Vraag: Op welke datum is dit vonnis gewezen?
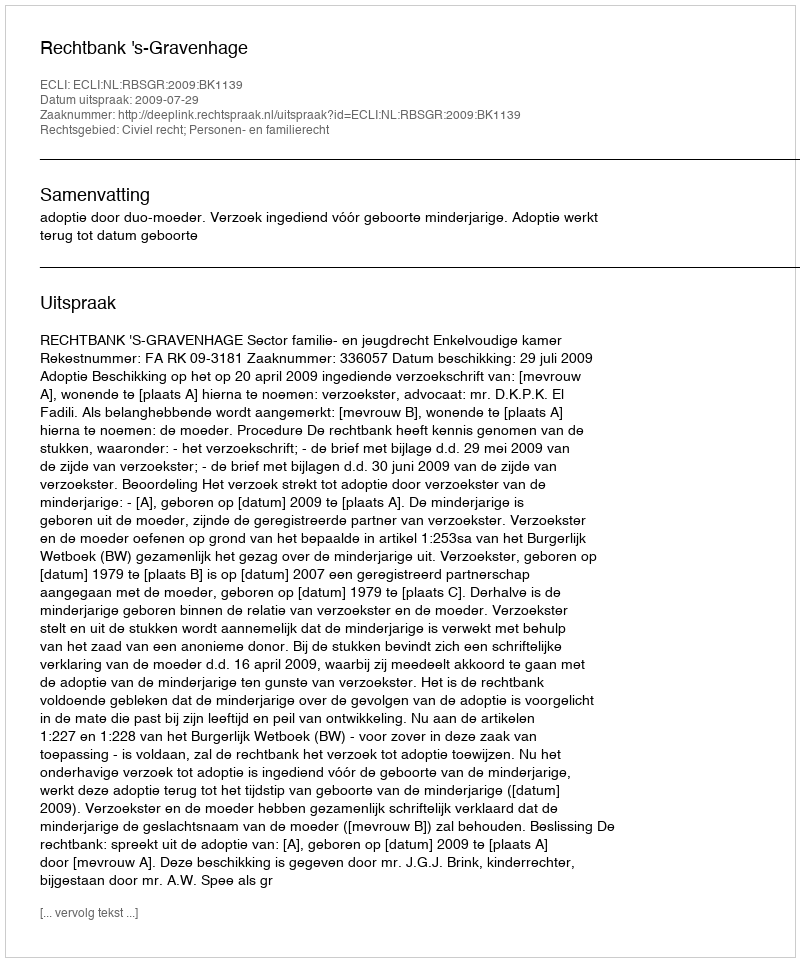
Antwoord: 2009-07-29